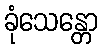
ခုံသေန္တော